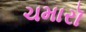
ચમારૉ